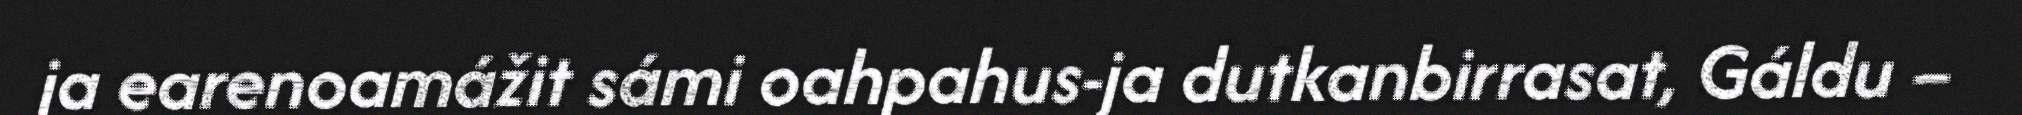
ja earenoamážit sámi oahpahus-ja dutkanbirrasat, Gáldu –